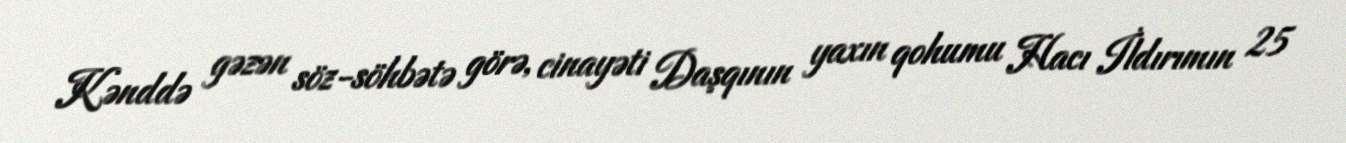
Kənddə gəzən söz-söhbətə görə, cinayəti Daşqının yaxın qohumu Hacı İldırımın 25